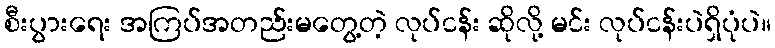
စီးပွားရေး အကြပ်အတည်းမတွေ့တဲ့ လုပ်ငန်း ဆိုလို့ မင်း လုပ်ငန်းပဲရှိပုံပဲ။